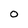
Character: O